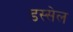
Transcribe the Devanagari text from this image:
डस्सेल